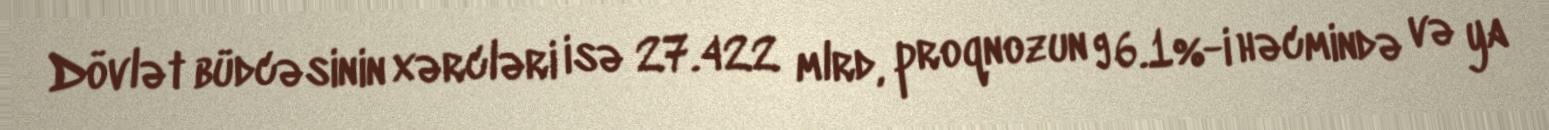
Dövlət büdcəsinin xərcləri isə 27.422 mlrd, proqnozun 96.1%-i həcmində və ya